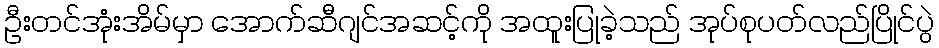
ဦးတင်အုံးအိမ်မှာ အောက်ဆီဂျင်အဆင့်ကို အထူးပြုခဲ့သည် အုပ်စုပတ်လည်ပြိုင်ပွဲ